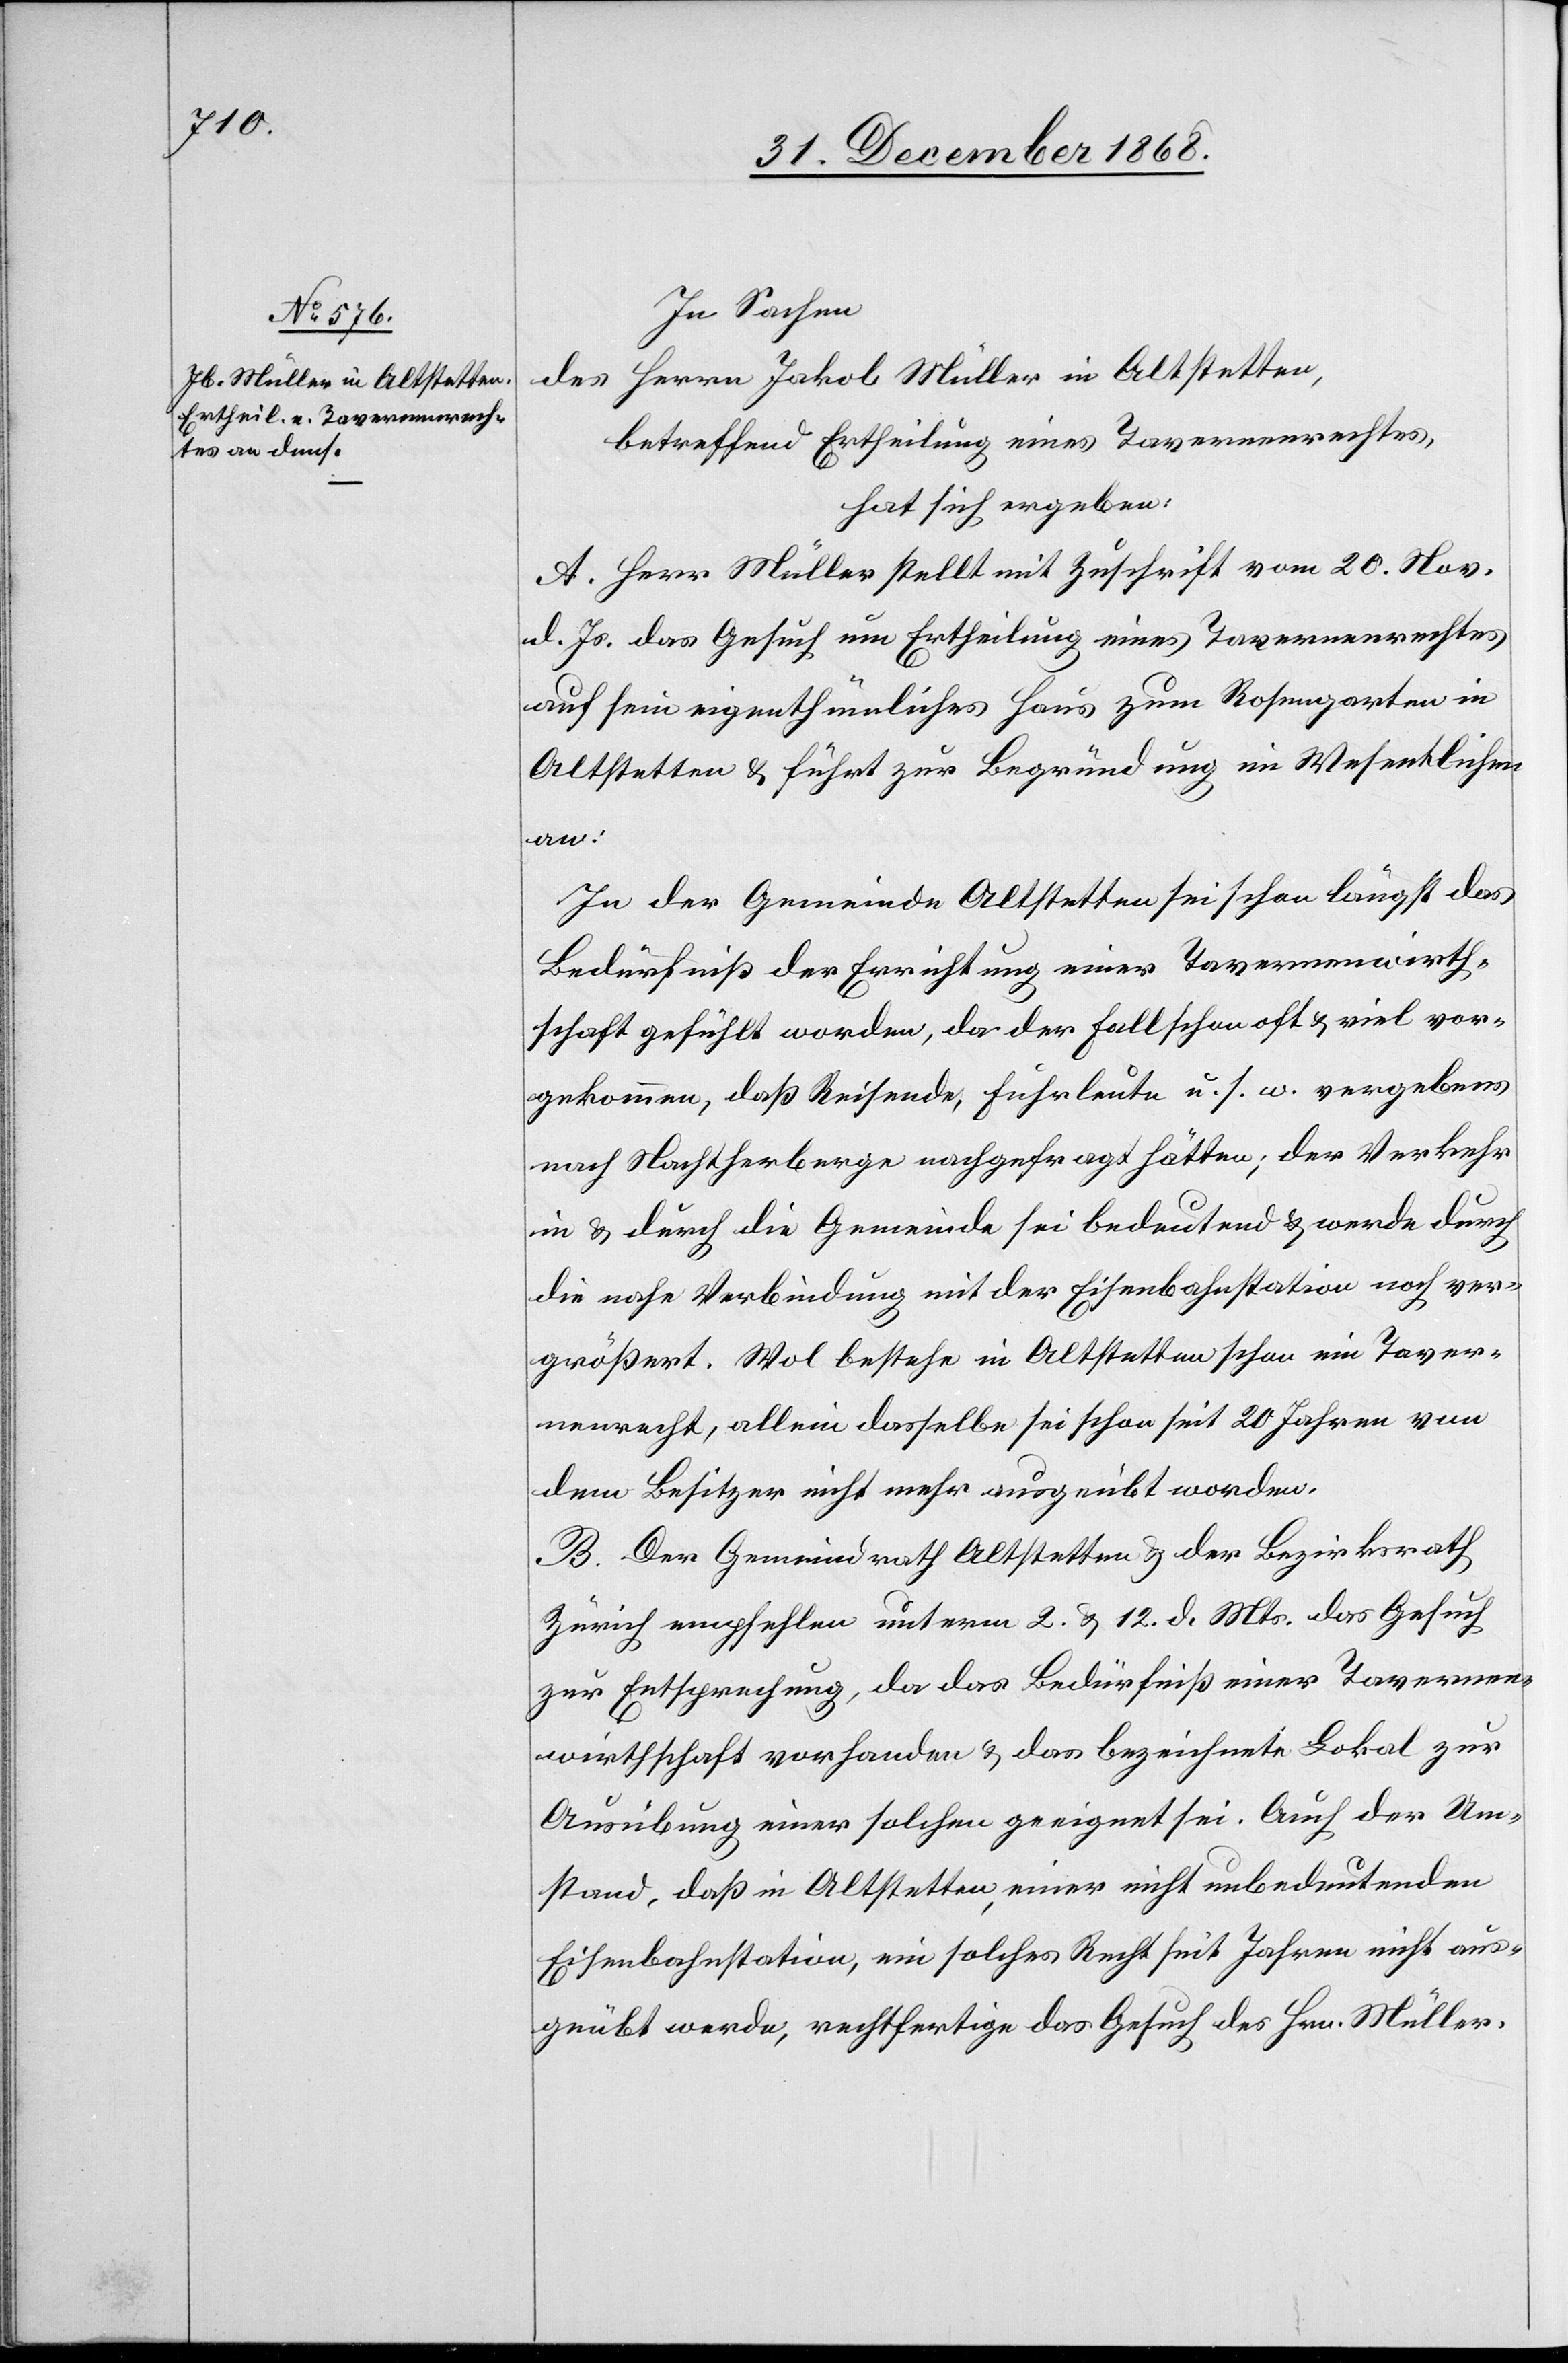
In Sachen
des Herrn Jakob Müller in Altstetten,
betreffend Ertheilung eines Tavernenrechtes,
hat sich ergeben:
A. Herr Müller stellt mit Zuschrift vom 20. Nov.
d. Js. das Gesuch um Ertheilung eines Tavernenrechtes
auf sein eigenthümliches Haus zum Rosengarten in
Altstetten & führt zur Begründung im Wesentlichen
an:
In der Gemeinde Altstetten sei schon längst das
Bedürfniß der Errichtung einer Tavernenwirth¬
schaft gefühlt worden, da der Fall schon oft & viel vor¬
gekommen, daß Reisende, Fuhrleute u. s. w. vergebens
nach Nachtherberge nachgefragt hätten; der Verkehr
in & durch die Gemeinde sei bedeutend & werde durch
die nahe Verbindung mit der Eisenbahnstation noch ver¬
größert. Wol bestehe in Altstetten schon ein Taver¬
nenrecht, allein dasselbe sei schon seit 20 Jahren von
dem Besitzer nicht mehr ausgeübt worden.
B. Der Gemeindrath Altstetten & der Bezirksrath
Zürich empfehlen unterm 2. & 12. d. Mts. das Gesuch
zur Entsprechung, da das Bedürfniß einer Tavernen¬
wirthschaft vorhanden & das bezeichnete Lokal zur
Ausübung einer solchen geeignet sei. Auch der Um¬
stand, daß in Altstetten, einer nicht unbedeutenden
Eisenbahnstation, ein solches Recht seit Jahren nicht aus¬
geübt werde, rechtfertige das Gesuch des Hrn. Müller.